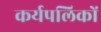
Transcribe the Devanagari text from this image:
कर्यपलिकों